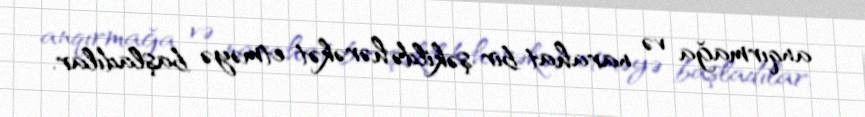
anqırmağa və narahat bir şəkildə hərəkət etməyə başladılar.